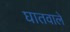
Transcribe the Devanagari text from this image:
घातवाले